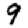
Digit: 9